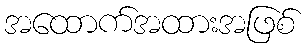
အထောက်အထားအဖြစ်